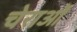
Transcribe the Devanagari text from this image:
चेराओं